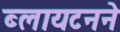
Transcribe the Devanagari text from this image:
ब्लायटनने